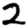
Digit: 2